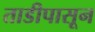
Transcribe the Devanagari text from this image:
ताडीपासून